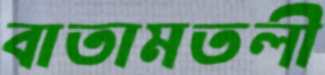
বাতামতলী